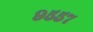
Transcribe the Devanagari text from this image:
९५५७